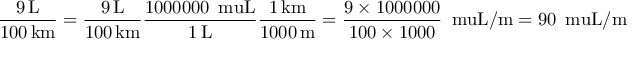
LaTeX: \mathrm { \frac { 9 \, \mathrm { { L } } } { 1 0 0 \, \mathrm { { k m } } } } = \mathrm { \frac { 9 \, \mathrm { { L } } } { 1 0 0 \, \mathrm { { k m } } } } \mathrm { \frac { 1 0 0 0 0 0 0 \, \mathrm { { \ m u L } } } { 1 \, \mathrm { { L } } } } \mathrm { \frac { 1 \, \mathrm { { k m } } } { 1 0 0 0 \, \mathrm { { m } } } } = { \frac { 9 \times 1 0 0 0 0 0 0 } { 1 0 0 \times 1 0 0 0 } } \, \mathrm { \ m u L / m } = 9 0 \, \mathrm { \ m u L / m }